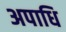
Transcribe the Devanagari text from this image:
अपाधि